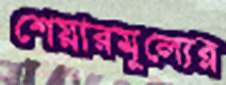
শেয়ারমূল্যের